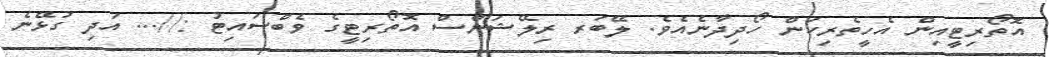
އޮތޯރިޓީއިން އެހީތެރިކަން ހޯދިދާނެއެވެ. ލޭބަރ ރިލޭޝަންސް އޮތޯރިޓީގެ ވެބްސައިޓު ://... އަދި ގުޅޭނެ